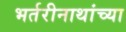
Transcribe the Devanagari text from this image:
भर्तरीनाथांच्या